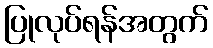
ပြုလုပ်ရန်အတွက်